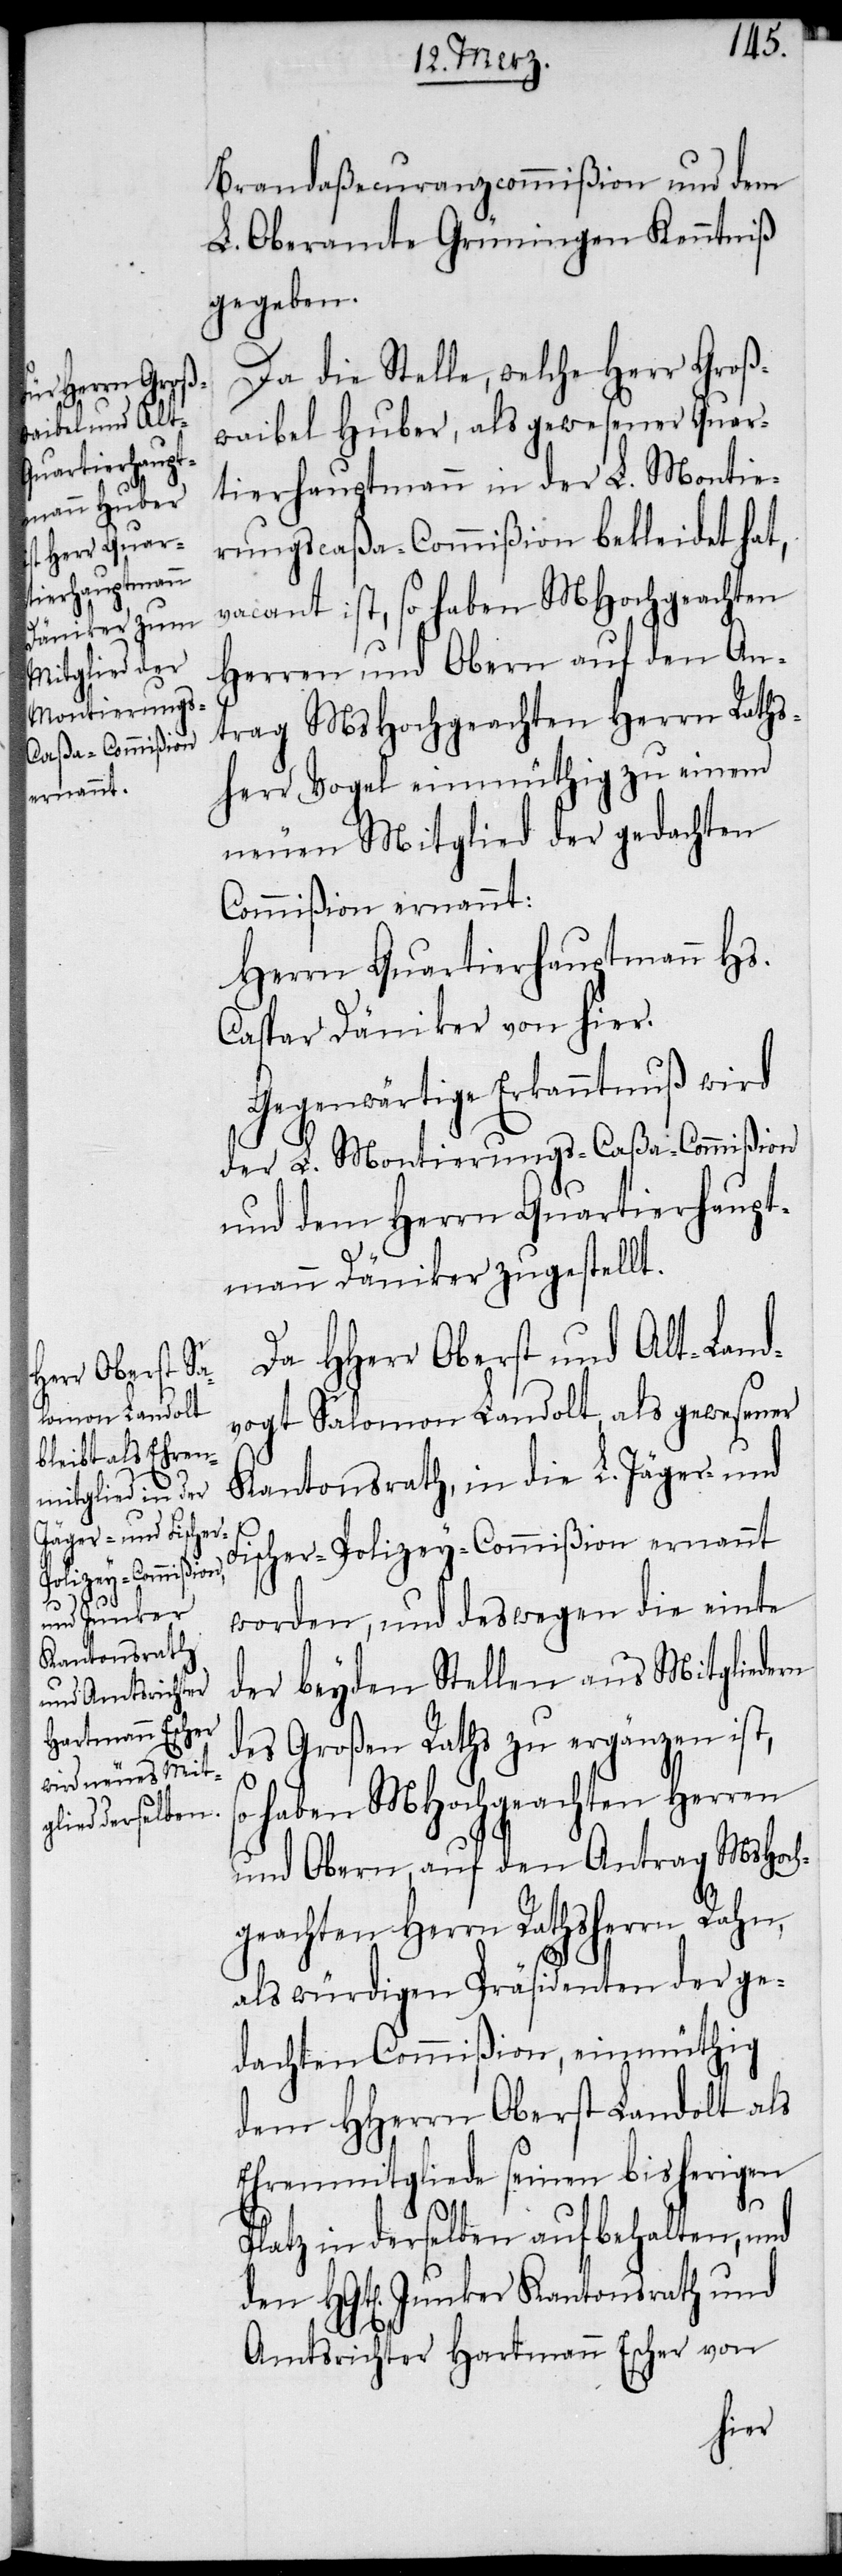
Brandaßecuranzcommißion und dem
L. Oberamte Grüningen Kenntniß
gegeben.
Da die Stelle, welche Herr Groß¬
waibel Huber, als gewesener Quar¬
tierhauptmann in der L. Montie¬
rungscaßa-Commißion bekleidet hat,
vacant ist, so haben MHochgeachten
Herren und Obern auf den An¬
trag MsHochgeachten Herrn Raths¬
herr Vogel einmüthig zu einem
neuen Mitglied der gedachten
Commißion ernannt:
Herrn Quartierhauptmann Hs.
Caspar Däniker von hier.
Gegenwärtige Erkanntnuß wird
der L. Montierungs-Caßa-Commißion
und dem Herrn Quartierhaupt¬
mann Däniker zugestellt.
Da HHerr Oberst und Alt-Land¬
vogt Salomon Landolt, als gewesener
Kantonsrath, in die L. Jäger-und
Fischer-Polizey-Commißion ernannt
worden, und deswegen die einte
der beyden Stellen aus Mitgliedern
des Großen Raths zu ergänzen ist,
haben MHochgeachten Herren
und Obern, auf den Antrag MsHoch¬
geachten Herrn Rathsherrn Rahn,
als würdigen Präsidenten der ge¬
dachten Commißion, einmüthig
dem HHerrn Oberst Landolt als
Ehrenmitgliede seinen bisherigen
Platz in derselben aufbehalten, und
den HGt[en]. Junker Kantonsrath und
Amtsrichter Hartmann Escher von